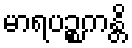
မာရပဉ္စကန္တိ